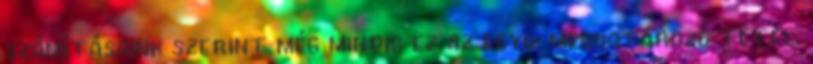
számításaink szerint még mindig ez az egyik meghatározó tétel.